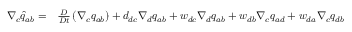
\begin{array} { r l } { \nabla _ { c } \widehat { q } _ { a b } = } & { { } \frac { D } { D t } \left( \nabla _ { c } q _ { a b } \right) + d _ { d c } \nabla _ { d } q _ { a b } + w _ { d c } \nabla _ { d } q _ { a b } + w _ { d b } \nabla _ { c } q _ { a d } + w _ { d a } \nabla _ { c } q _ { d b } } \end{array}